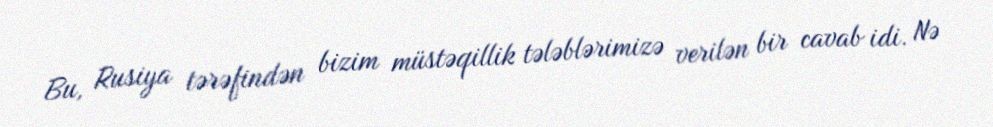
Bu, Rusiya tərəfindən bizim müstəqillik tələblərimizə verilən bir cavab idi. Nə